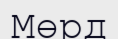
Мөрд